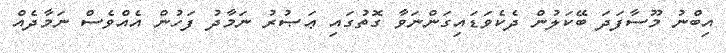
އިބްނު މޫސާފަދަ ބޭކަލުން ދެކެވަޑައިގަންނަވާ ގޮތުގައި ޢަޞުރު ނަމާދު ފަހުން އެއްވެސް ނަމާދެއް